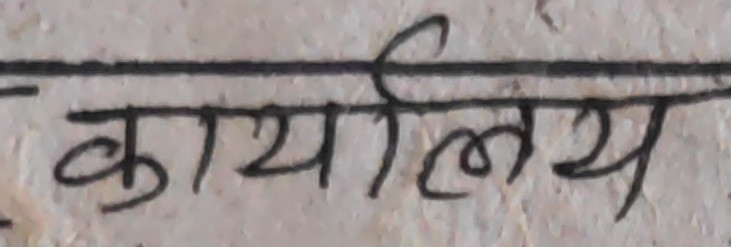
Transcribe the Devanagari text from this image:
कार्यालय